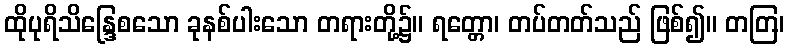
ထိုပုရိသိန္ဒြေစသော ခုနစ်ပါးသော တရားတို့၌။ ရတ္တော၊ တပ်တတ်သည် ဖြစ်၍။ တတြ၊